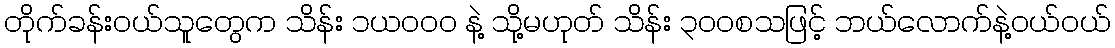
တိုက်ခန်းဝယ်သူတွေက သိန်း ၁ယဝဝဝ နဲ့ သို့မဟုတ် သိန်း ၃ဝဝစသဖြင့် ဘယ်လောက်နဲ့ဝယ်ဝယ်